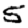
Digit: 5